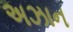
અઝાન